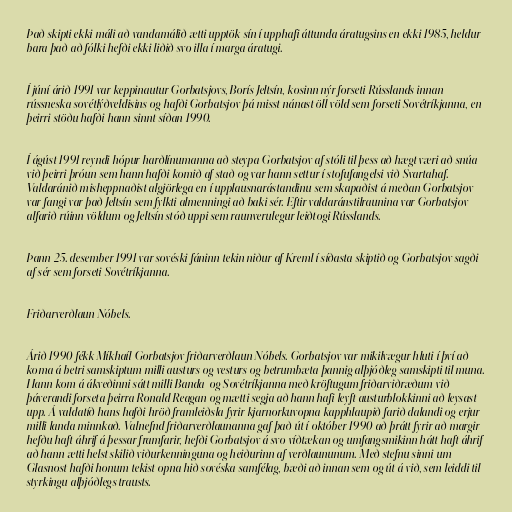
Það skipti ekki máli að vandamálið ætti upptök sín í upphafi áttunda áratugsins en ekki 1985, heldur
bara það að fólki hefði ekki liðið svo illa í marga áratugi.

Í júní árið 1991 var keppinautur Gorbatsjovs, Borís Jeltsín, kosinn nýr forseti Rússlands innan
rússneska sovétlýðveldisins og hafði Gorbatsjov þá misst nánast öll völd sem forseti Sovétríkjanna, en
þeirri stöðu hafði hann sinnt síðan 1990.

Í ágúst 1991 reyndi hópur harðlínumanna að steypa Gorbatsjov af stóli til þess að hægt væri að snúa
við þeirri þróun sem hann hafði komið af stað og var hann settur í stofufangelsi við Svartahaf.
Valdaránið misheppnaðist algjörlega en í upplausnarástandinu sem skapaðist á meðan Gorbatsjov
var fangi var það Jeltsín sem fylkti almenningi að baki sér. Eftir valdaránstilraunina var Gorbatsjov
alfarið rúinn völdum og Jeltsín stóð uppi sem raunverulegur leiðtogi Rússlands.

Þann 25. desember 1991 var sovéski fáninn tekin niður af Kreml í síðasta skiptið og Gorbatsjov sagði
af sér sem forseti Sovétríkjanna.

Friðarverðlaun Nóbels.

Árið 1990 fékk Míkhaíl Gorbatsjov friðarverðlaun Nóbels. Gorbatsjov var mikilvægur hluti í því að
koma á betri samskiptum milli austurs og vesturs og betrumbæta þannig alþjóðleg samskipti til muna.
Hann kom á ákveðinni sátt milli Banda-og Sovétríkjanna með kröftugum friðarviðræðum við
þáverandi forseta þeirra Ronald Reagan og mætti segja að hann hafi leyft austurblokkinni að leysast
upp. Á valdatíð hans hafði hröð framleiðsla fyrir kjarnorkuvopna kapphlaupið farið dalandi og erjur
milli landa minnkað. Valnefnd friðarverðlaunanna gaf það út í október 1990 að þrátt fyrir að margir
hefðu haft áhrif á þessar framfarir, hefði Gorbatsjov á svo víðtækan og umfangsmikinn hátt haft áhrif
að hann ætti helst skilið viðurkenninguna og heiðurinn af verðlaununum. Með stefnu sinni um
Glasnost hafði honum tekist opna hið sovéska samfélag, bæði að innan sem og út á við, sem leiddi til
styrkingu alþjóðlegs trausts.